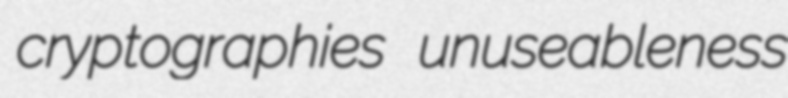
cryptographies unuseableness